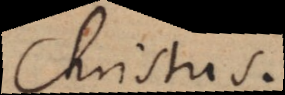
Christus.